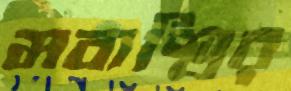
মবাশ্বির